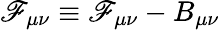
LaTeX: {\cal{\mathscr{F}}}_{\mu\nu}\equiv\mathscr{F}_{\mu\nu}-B_{\mu\nu}